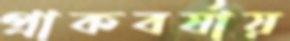
প্রাকবর্ষায়